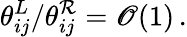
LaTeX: \theta_{ij}^{L}/\theta_{ij}^{\mathcal{R}}={\cal\mathscr{O}}(1)\, .